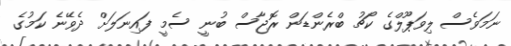
ނަމަވެސް ލިވަޕޫލްގެ ކޯޗު ބްރެންޑަން ރޮޖާސް ބުނީ ސެމީ ފައިނަލަށް ދެވޭނެ ކަމުގެ